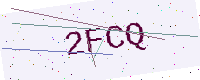
Text: 2FCQ